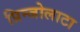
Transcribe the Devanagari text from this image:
प्रिन्जोलाटा